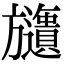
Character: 𣄧